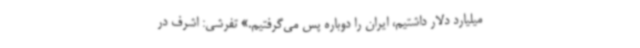
میلیارد دلار داشتیم، ایران را دوباره پس می‌گرفتیم.» ‌تفرشی: اشرف در